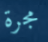
مجرة